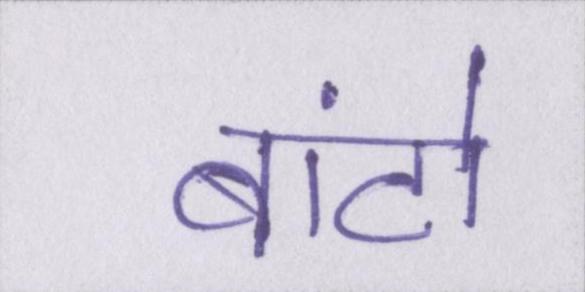
बांटो